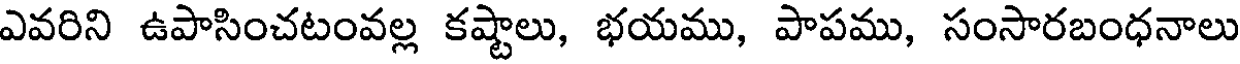
ఎవరిని ఉపాసించటంవల్ల కష్టాలు, భయము, పాపము, సంసారబంధనాలు